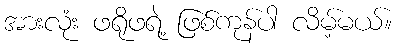
အားလုံး ဖရိုဖရဲ့ ဖြစ်ကုန်ပါ လိမ့်မယ်။